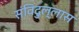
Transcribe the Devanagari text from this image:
संविदुल्लास